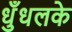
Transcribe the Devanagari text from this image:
धुँधलके